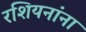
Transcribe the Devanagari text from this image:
रशियनांना